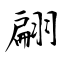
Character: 翩